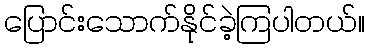
ပြောင်းသောက်နိုင်ခဲ့ကြပါတယ်။